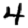
Digit: 4